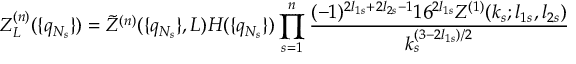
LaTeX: Z _ { L } ^ { ( n ) } ( \{ q _ { N _ { s } } \} ) = \tilde { Z } ^ { ( n ) } ( \{ q _ { N _ { s } } \} , L ) H ( \{ q _ { N _ { s } } \} ) \prod _ { s = 1 } ^ { n } \frac { ( - 1 ) ^ { 2 l _ { 1 s } + 2 l _ { 2 s } - 1 } 1 6 ^ { 2 l _ { 1 s } } Z ^ { ( 1 ) } ( k _ { s } ; l _ { 1 s } , l _ { 2 s } ) } { k _ { s } ^ { ( 3 - 2 l _ { 1 s } ) / 2 } }